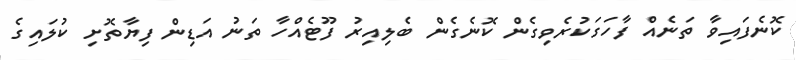
ކޮނެފައިވާ ތަނެއް ފާހަގަކުރެވިގެން ކޮނެގެން ބެލިއިރު ފޫޓެއްހާ ތަނު އަޑިން ފިޔާތޮށި ކުލައިގެ